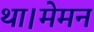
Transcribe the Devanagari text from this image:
था।मेमन